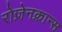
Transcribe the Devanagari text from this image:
रोज़ेनक्रान्स